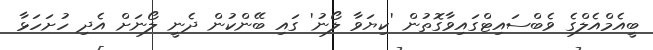
ބީއެމްއެލްގެ ވެބްސައިޓްގައިވާގޮތުން 'ކިޔަވާ ލޯނު' ގައި ބޭންކުން ދެނީ ލޯނަށް އެދި ހުށަހަޅާ